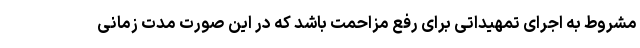
مشروط به اجرای تمهیداتی برای رفع مزاحمت باشد که در این صورت مدت زمانی